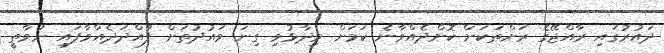
ދައުރުގައި ރާއްޖޭގެ ރަށްތަކަށް ކޮށްދެއްވާނެ ކަމަށް ވިދާޅުވި ގިނަ ވައުދުތަށް ފުއްދަދެއްވާފައި ނުވާތީ